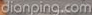
dianping.com